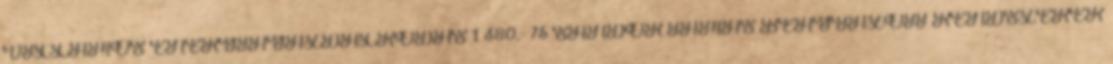
VILLAMOS ENERGIAGAZDÁLKODÁS 1 380,- 75 SÁNDOR TAMÁS BEÁGYAZOTT RENDSZEREK